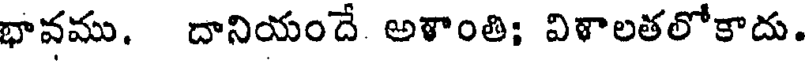
భావము. దానియందే అళాంతి; విళాలతలోకాదు.